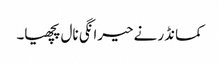
کمانڈر نے حیرانگی نال پچھیا۔